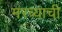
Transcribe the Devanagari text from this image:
मरव्याची